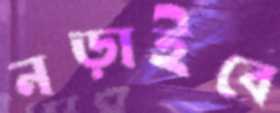
নড়াইবে